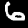
Label: 6